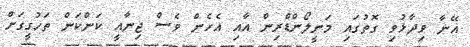
އޭނާ ވިދާޅުވި ގޮތުގައި މަނީލޯންޑްރިން އާއި އެހެން ވެސް ޖިނާއީ ކަންކަން ތަހުގީގަށް